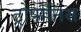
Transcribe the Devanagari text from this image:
ट्रोपोनिंस